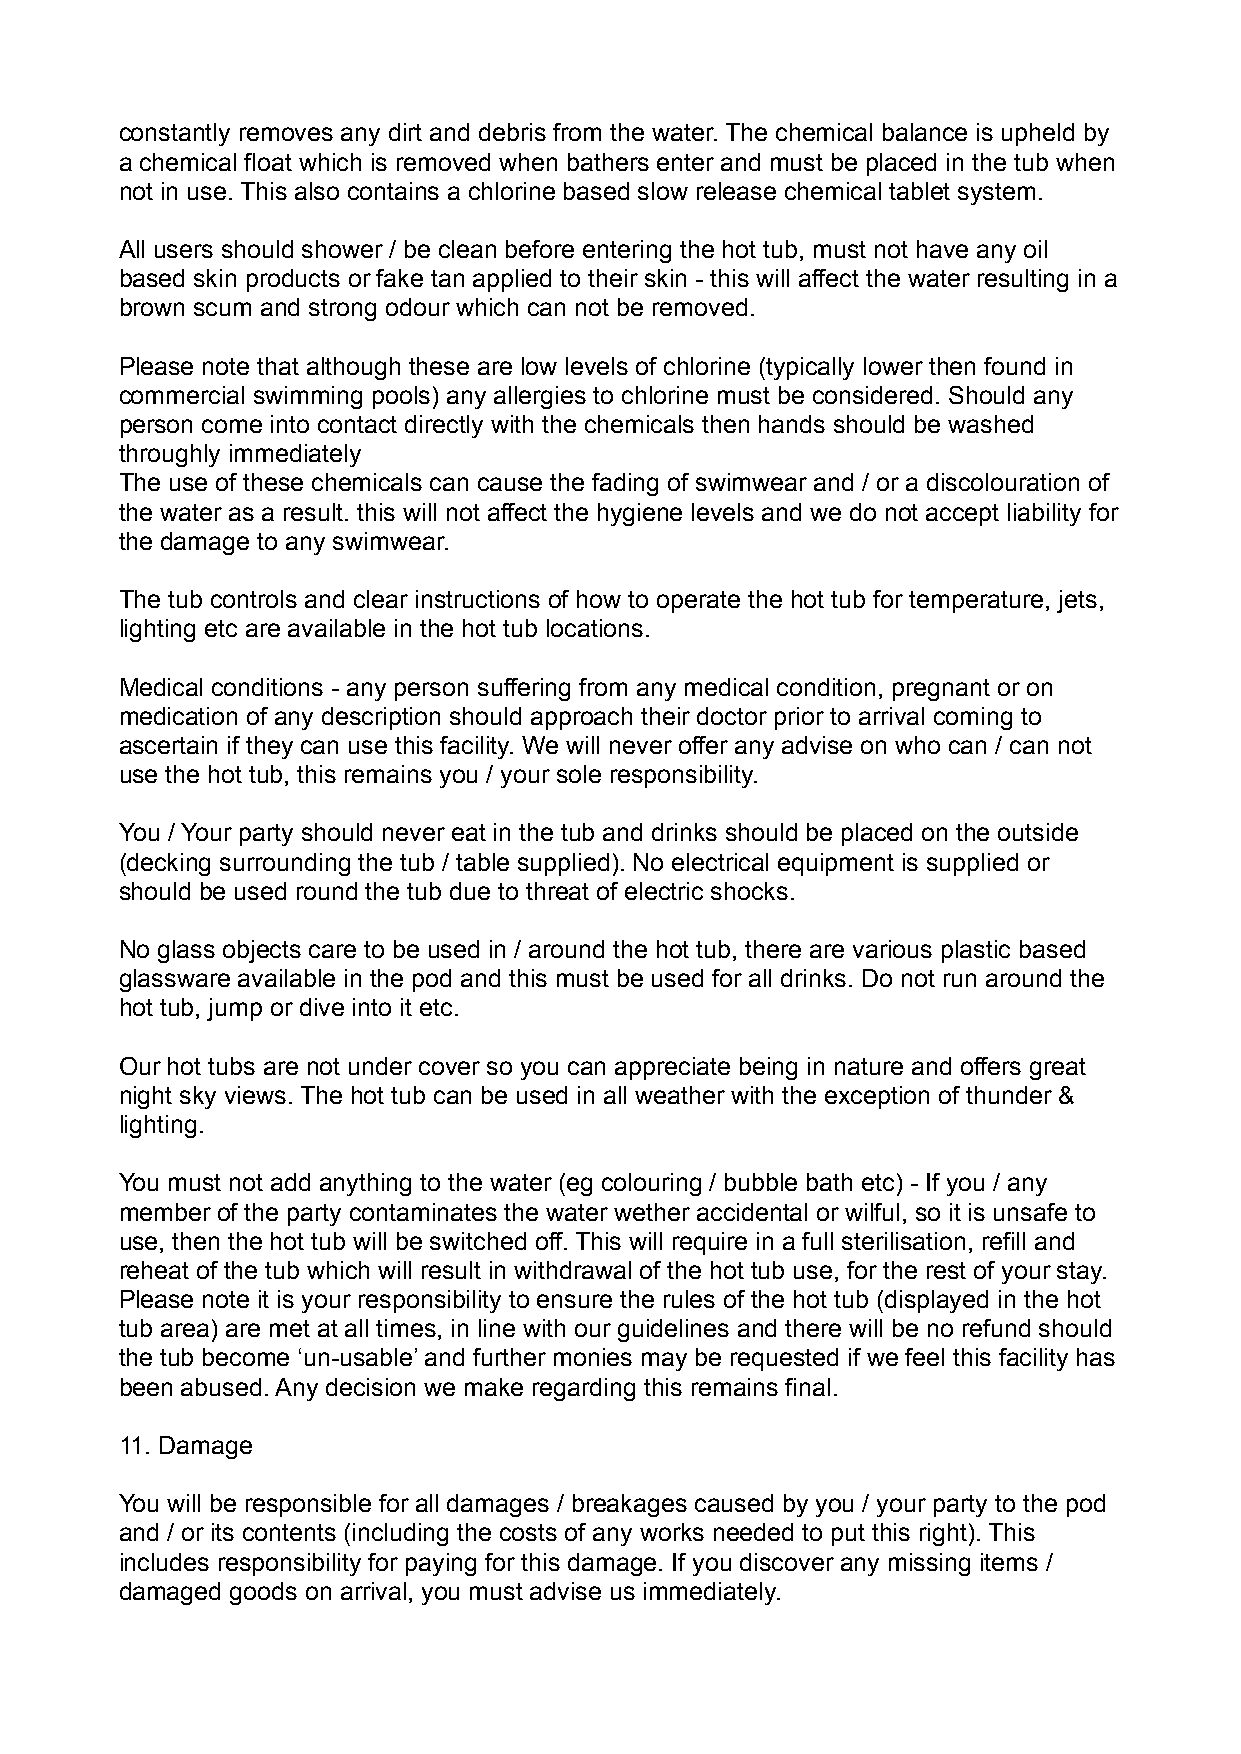
constantly removes any dirt and debris from the water. The chemical balance is upheld by
 a chemical float which is removed when bathers enter and must be placed in the tub when
 not in use. This also contains a chlorine based slow release chemical tablet system.
 All users should shower / be clean before entering the hot tub, must not have any oil
 based skin products or fake tan applied to their skin - this will affect the water resulting in a
 brown scum and strong odour which can not be removed.
 Please note that although these are low levels of chlorine (typically lower then found in
 commercial swimming pools) any allergies to chlorine must be considered. Should any
 person come into contact directly with the chemicals then hands should be washed
 throughly immediately
 The use of these chemicals can cause the fading of swimwear and / or a discolouration of
 the water as a result. this will not affect the hygiene levels and we do not accept liability for
 the damage to any swimwear.
 The tub controls and clear instructions of how to operate the hot tub for temperature, jets,
 lighting etc are available in the hot tub locations.
 Medical conditions - any person suffering from any medical condition, pregnant or on
 medication of any description should approach their doctor prior to arrival coming to
 ascertain if they can use this facility. We will never offer any advise on who can / can not
 use the hot tub, this remains you / your sole responsibility.
 You / Your party should never eat in the tub and drinks should be placed on the outside
 (decking surrounding the tub / table supplied). No electrical equipment is supplied or
 should be used round the tub due to threat of electric shocks.
 No glass objects care to be used in / around the hot tub, there are various plastic based
 glassware available in the pod and this must be used for all drinks. Do not run around the
 hot tub, jump or dive into it etc.
 Our hot tubs are not under cover so you can appreciate being in nature and offers great
 night sky views. The hot tub can be used in all weather with the exception of thunder &
 lighting.
 You must not add anything to the water (eg colouring / bubble bath etc) - If you / any
 member of the party contaminates the water wether accidental or wilful, so it is unsafe to
 use, then the hot tub will be switched off. This will require in a full sterilisation, refill and
 reheat of the tub which will result in withdrawal of the hot tub use, for the rest of your stay.
 Please note it is your responsibility to ensure the rules of the hot tub (displayed in the hot
 tub area) are met at all times, in line with our guidelines and there will be no refund should
 the tub become ‘un-usable’ and further monies may be requested if we feel this facility has
 been abused. Any decision we make regarding this remains final.
 11. Damage
 You will be responsible for all damages / breakages caused by you / your party to the pod
 and / or its contents (including the costs of any works needed to put this right). This
 includes responsibility for paying for this damage. If you discover any missing items /
 damaged goods on arrival, you must advise us immediately.